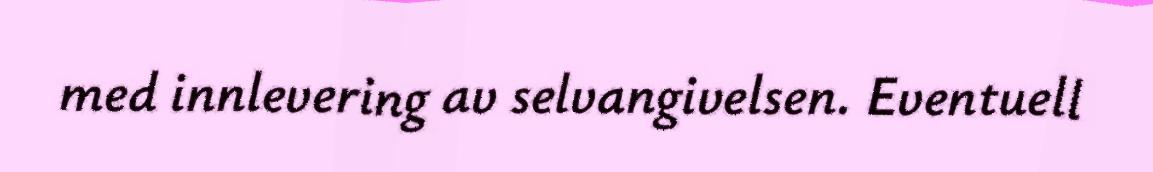
med innlevering av selvangivelsen. Eventuell